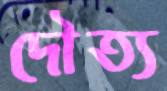
দৌত্য